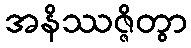
အနိဿဇ္ဇိတွာ